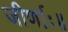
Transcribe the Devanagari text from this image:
जीर्णाः॥